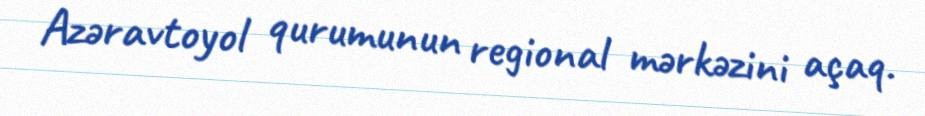
Azəravtoyol qurumunun regional mərkəzini açaq.